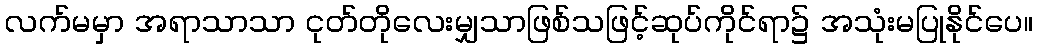
လက်မမှာ အရာသာသာ ငုတ်တိုလေးမျှသာဖြစ်သဖြင့်ဆုပ်ကိုင်ရာ၌ အသုံးမပြုနိုင်ပေ။